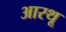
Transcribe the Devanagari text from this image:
आरथू